Vaccination in Burma 1912-1922 - 1912-1922
Year: 1912
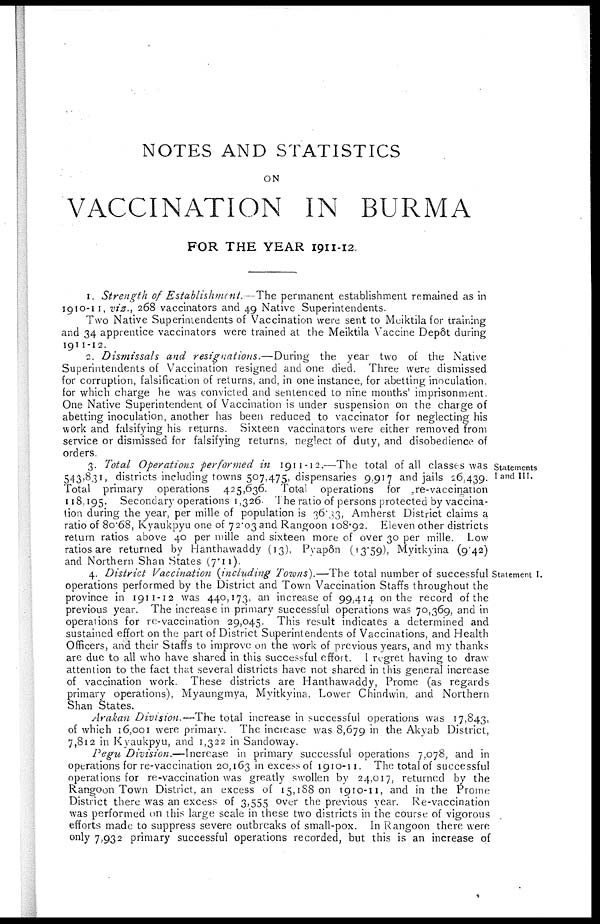
NOTES AND STATISTICS
ON
VACCINATION IN BURMA
FOR THE YEAR 1911-12.
1. Strength of Establishment.—The permanent establishment remained as in
1910-11, viz., 268 vaccinators and 49 Native Superintendents.
Two Native Superintendents of Vaccination were sent to Mciktila for training
and 34 apprentice vaccinators were trained at the Meiktila Vaccine Depôt during
1911-12.
2. Dismissals and resignations.—During
the year two of the Native
Superintendents of Vaccination resigned and one died. Three were dismissed
for corruption, falsification of returns, and, in one instance, for abetting inoculation,
for which charge he was convicted and sentenced to nine months' imprisonment.
One Native Superintendent of Vaccination is under suspension on the charge of
abetting inoculation, another has been reduced to vaccinator for neglecting his
work and falsifying his returns. Sixteen vaccinators were either removed from
service or dismissed for falsifying returns, neglect of duty, and disobedience of
orders.
Statements
I and III.
3. Total Operations performed in 1911-12.—The total of all classes was
543,831, districts including towns 507,475, dispensaries 9,917 and jails 26,439.
Total primary operations 425,636. Total operations for re-vaccination
118,195. Secondary operations 1,326. The ratio of persons protected by vaccina-
tion during the year, per mille of population is 36.33, Amherst District claims a
ratio of 80.68, Kyaukpyu one of 72.03 and Rangoon 108.92. Eleven other districts
return ratios above 40 per mille and sixteen more of over 30 per mille. Low
ratios are returned by Hanthawaddy (13), Pyapôn 13.59), Myitkyina (9.42)
and Northern Shan States (7.11).
Statement I.
4. District Vaccination (including Towns).—The total number of successful:
operations performed by the District and Town Vaccination Staffs throughout the
province in 1911-12 was 440,173, an increase of 99,414 on the record of the
previous year. The increase in primary successful operations was 70,369, and in
operations for re-vaccination 29,045. This result indicates a determined and
sustained effort on the part of District Superintendents of Vaccinations, and Health
Officers, and their Staffs to improve on the work of previous years, and my thanks
are due to all who have shared in this successful effort. I regret having to draw
attention to the fact that several districts have not shared in this general increase
of vaccination work. These districts are Hanthawaddy, Prome (as regards
primary operations), Myaungmya, Myitkyina, Lower Chindwin, and Northern
Shan States.
Arakan Division.—The total increase in successful operations was 17,843,
of which 16,001 were primary. The increase was 8,679 in the Akyab District,
7,812 in Kyaukpyu, and 1,322 in Sandoway.
Pegu Division.—Increase in primary successful operations 7,078, and in
operations for re-vaccination 20,163 in excess of 1910-11. The total of successful
operations for re-vaccination was greatly swollen by 24,017, returned by the
Rangoon Town District, an excess of 15,188 on 1910-11, and in the Prome
District there was an excess of 3,555 over the previous year. Re-vaccination
was performed on this large scale in these two districts in the course of vigorous
efforts made to suppress severe outbreaks of small-pox. In Rangoon there were
only 7,932 primary successful operations recorded, but this is an increase of